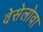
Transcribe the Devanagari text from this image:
वेसेलोवा